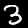
Digit: 3